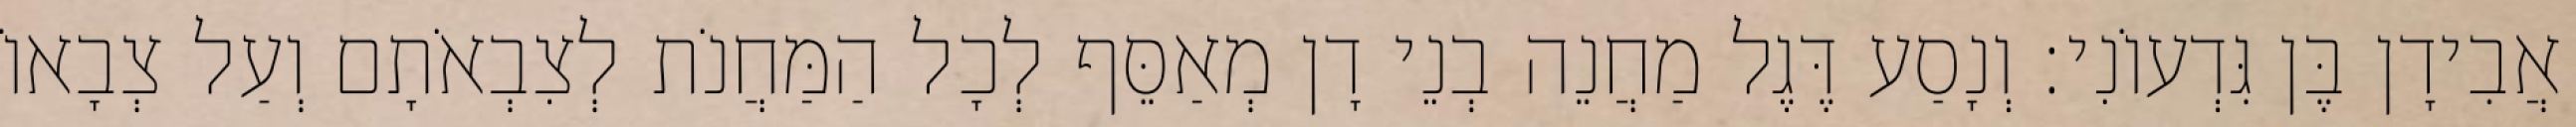
אֲבִידָן בֶּן גִּדְעוֹנִי׃ וְנָסַע דֶּגֶל מַחֲנֵה בְנֵי דָן מְאַסֵּף לְכָל הַמַּחֲנֹת לְצִבְאֹתָם וְעַל צְבָאוֹ